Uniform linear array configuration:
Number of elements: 24
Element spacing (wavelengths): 0.5
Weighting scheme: hann
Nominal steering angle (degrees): -60
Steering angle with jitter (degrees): -61.923
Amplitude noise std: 0.05
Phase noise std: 0.05

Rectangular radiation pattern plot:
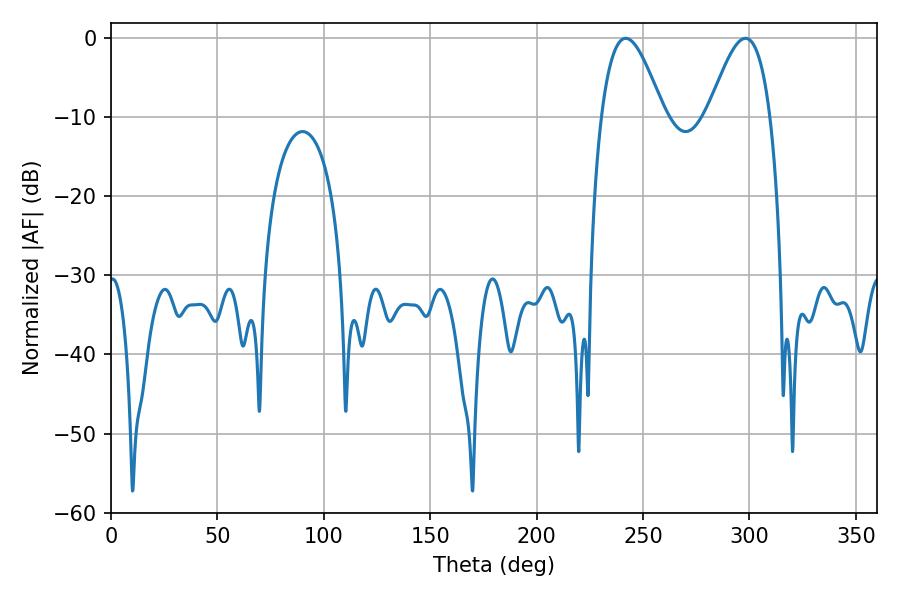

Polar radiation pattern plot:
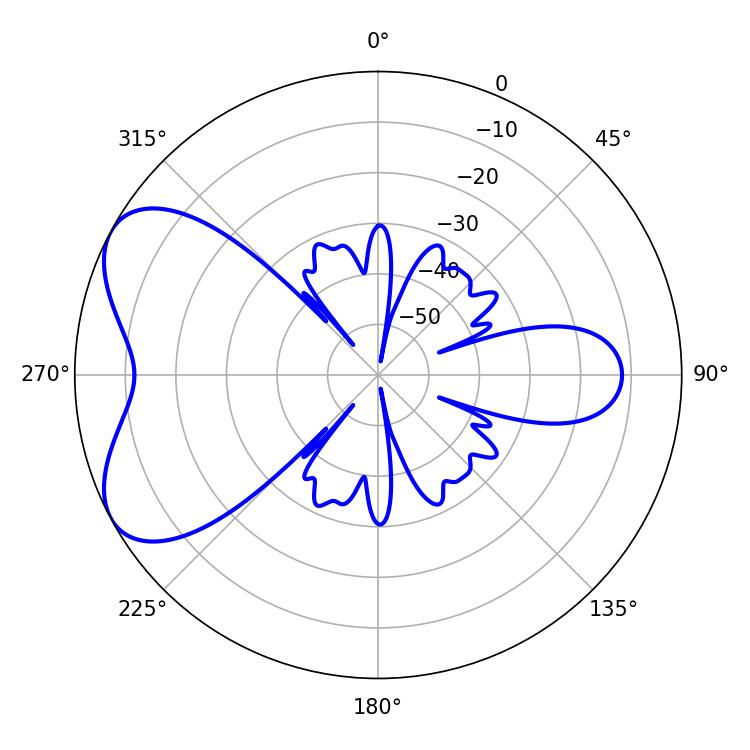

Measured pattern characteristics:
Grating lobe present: FALSE
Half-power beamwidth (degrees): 15.66
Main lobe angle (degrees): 241.92